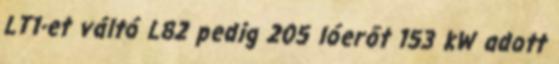
LT1-et váltó L82 pedig 205 lóerőt 153 kW adott